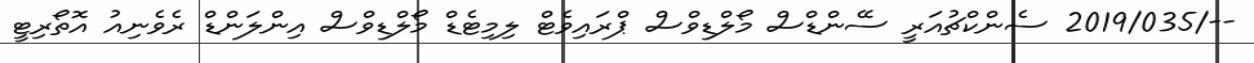
--/2019/035 ސެންކްޗުއަރީ ސޭންޑްސް މޯލްޑިވްސް ޕްރައިވެޓް ލިމިޓެޑް މޯލްޑިވްސް އިންލަންޑް ރެވެނިއު އޮތޯރިޓީ